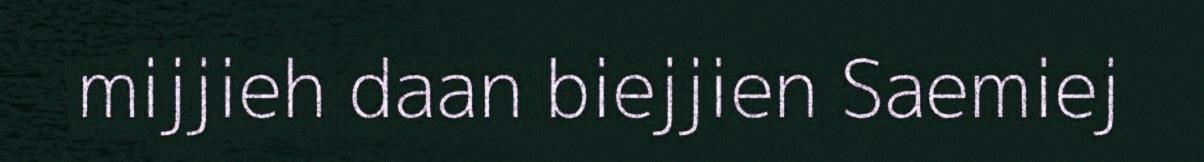
mijjieh daan biejjien Saemiej